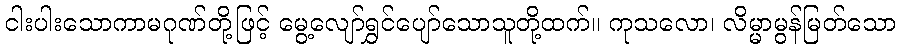
ငါးပါးသောကာမဂုဏ်တို့ဖြင့် မွေ့လျော်ရွှင်ပျော်သောသူတို့ထက်။ ကုသလော၊ လိမ္မာမွန်မြတ်သော